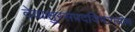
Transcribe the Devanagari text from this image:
देवासुरसंपदविभागयोग